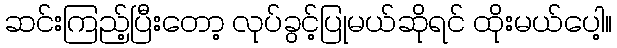
ဆင်းကြည့်ပြီးတော့ လုပ်ခွင့်ပြုမယ်ဆိုရင် ထိုးမယ်ပေါ့။